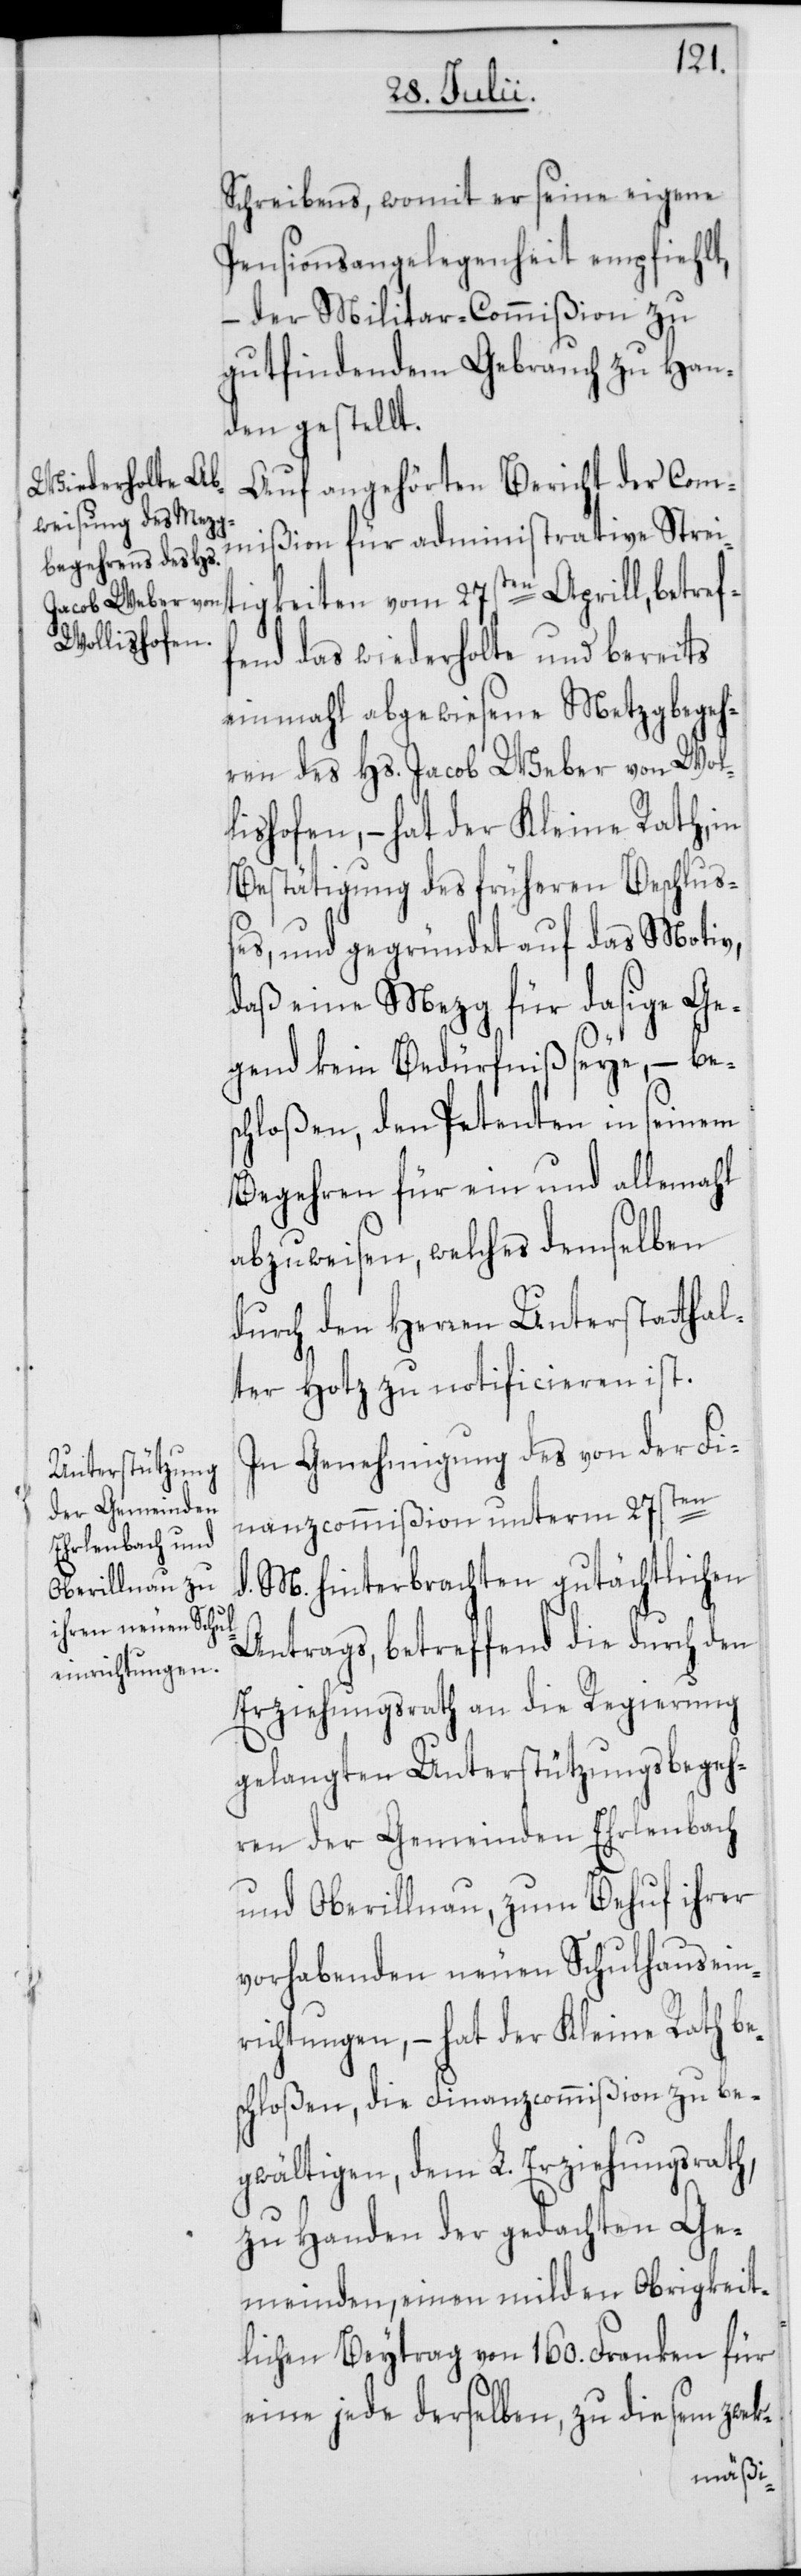
betref¬
Schreibens, womit er seine eigene
Pensionsangelegenheit empfiehlt,
der Militar-Commißion zu
gutfindendem Gebrauch zu Han¬
den gestellt.
Auf angehörten Bericht der Com¬
mißion für administrative Stre¬
itigkeiten
fend das wiederholte und bereits
einmahl abgewiesene Metzgbegeh¬
ren des Hs. Jacob Weber von Wol¬
lishofen, – hat der Kleine Rath, in
Bestätigung der früheren Beschluß¬
es, und gegründet auf das Motiv,
daß eine Mezg für dasige Ge¬
gend kein Bedürfniß seye, – bes¬
chloßen, den Petenten in seinem
Begehren für ein und allemahl
abzuweisen, welches demselben
durch den Herren Unterstatthal¬
ter Hotz zu notificieren ist.
In Genehmigung des von der Fi¬
nanzcommißion unterm 27sten
d. M. hinterbrachten gutächtlichen
Antrags, betreffend die durch den
Erziehungsrath an die Regierung
gelangten Unterstützungsbegeh¬
ren der Gemeinden Ehrlenbach
und Oberillnau, zum Behuf ihrer
vorhabenden neuen Schulhausein¬
richtungen, – hat der Kleine Rath be¬
schloßen, die Finanzcommißion zu be¬
gwältigen, dem L. Erziehungsrath,
zu Handen der gedachten Ge¬
meinden, einen milden Obrigkeit¬
lichen Beytrag von 160. Franken für
eine jede derselben, zu diesem zweck-